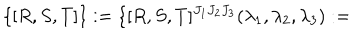
\{ [ R , S , T ] \} : = \{ [ R , S , T ] ^ { J _ { 1 } J _ { 2 } J _ { 3 } } ( \lambda _ { 1 } , \lambda _ { 2 } , \lambda _ { 3 } ) : =